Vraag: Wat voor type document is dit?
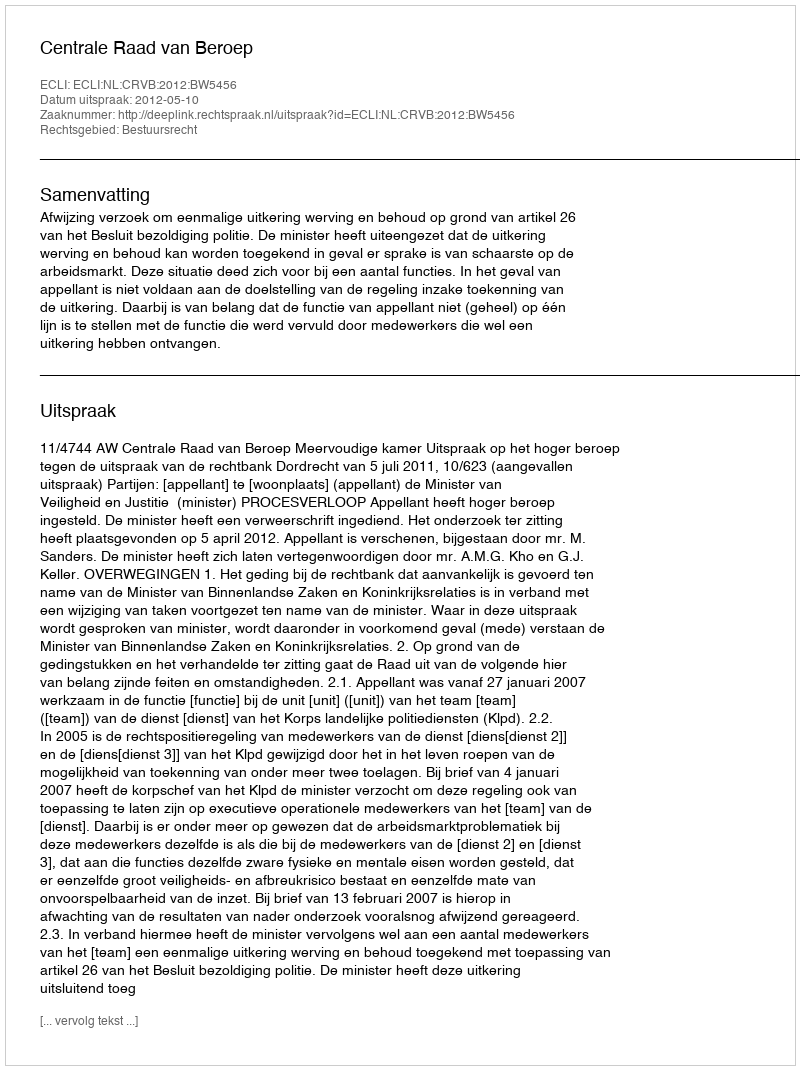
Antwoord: Uitspraak